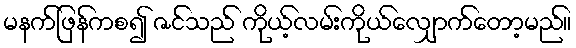
မနက်ဖြန်ကစ၍ ဇင်သည် ကိုယ့်လမ်းကိုယ်လျှောက်တော့မည်။